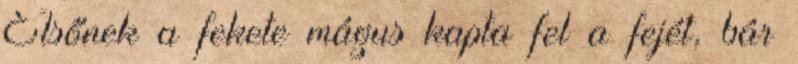
Elsőnek a fekete mágus kapta fel a fejét, bár